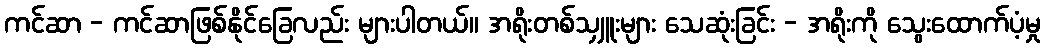
ကင်ဆာ - ကင်ဆာဖြစ်နိုင်ခြေလည်း များပါတယ်။ အရိုးတစ်သျှူးများ သေဆုံးခြင်း - အရိုးကို သွေးထောက်ပံ့မှု